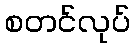
စတင်လုပ်